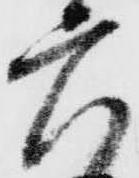
六